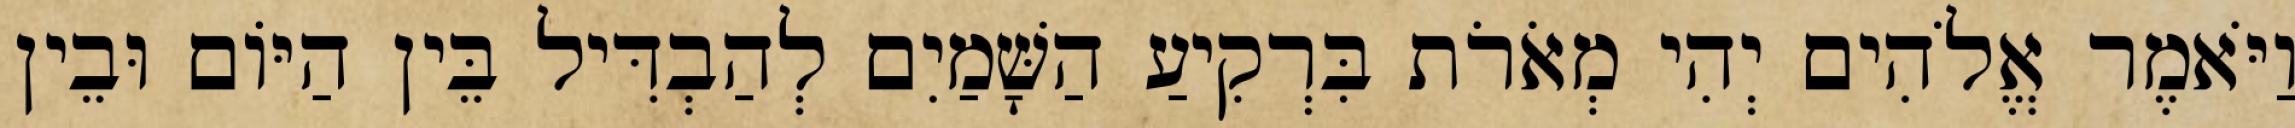
וַיֹּאמֶר אֱלֹהִים יְהִי מְאֹרֹת בִּרְקִיעַ הַשָּׁמַיִם לְהַבְדִּיל בֵּין הַיֹּום וּבֵין